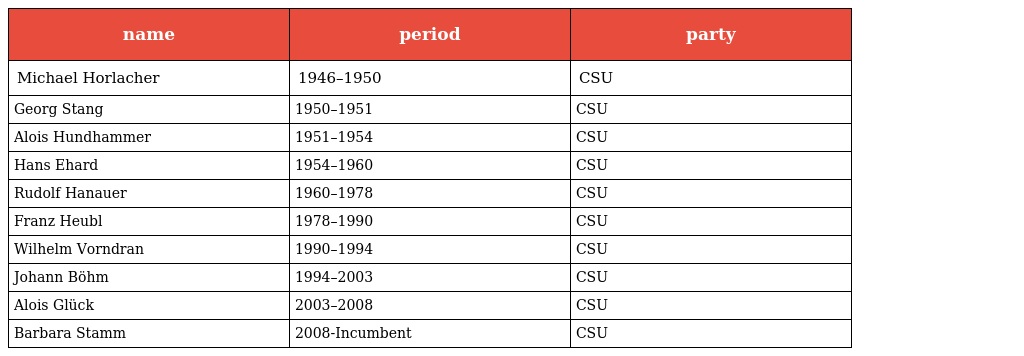
| name | period | party |
 | --- | --- | --- |
 | Michael Horlacher | 1946–1950 | CSU |
 | Georg Stang | 1950–1951 | CSU |
 | Alois Hundhammer | 1951–1954 | CSU |
 | Hans Ehard | 1954–1960 | CSU |
 | Rudolf Hanauer | 1960–1978 | CSU |
 | Franz Heubl | 1978–1990 | CSU |
 | Wilhelm Vorndran | 1990–1994 | CSU |
 | Johann Böhm | 1994–2003 | CSU |
 | Alois Glück | 2003–2008 | CSU |
 | Barbara Stamm | 2008-Incumbent | CSU |